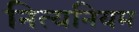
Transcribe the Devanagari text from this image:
नित्यनियम